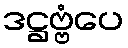
ဒဋ္ဌဗ္ဗံပေ